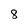
Character: 8